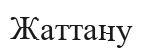
Жаттану